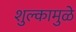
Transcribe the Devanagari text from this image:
शुल्कामुळे